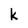
Character: k